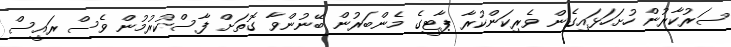
ސަރުކާރުން ހުށަހަޅައިގެން ވެރިކަންކުރާ ޕާޓީގެ މެންބަރުން ބޭނުންވާ ގޮތަށް ފާސްކުރުމުން ވެސް ރައީސް